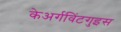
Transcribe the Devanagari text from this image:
केअर्गविंटगुइस